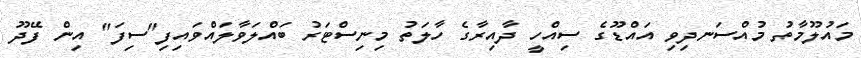
މައުލޫމާތު މުއްސަނދިވި އައްޑޫގެ ސިއްހީ ދާއިރާގެ ހާލަތު މިނިސްޓަރު ބައްލަވާލައްވައިފި"ސިފަ" އިން ފޭދޫ